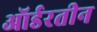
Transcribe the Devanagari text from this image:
ऑर्डरतीन